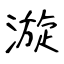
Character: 漩